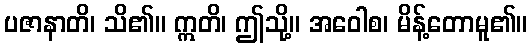
ပဇာနာတိ၊ သိ၏။ ဣတိ၊ ဤသို့။ အဝေါစ၊ မိန့်တောမူ၏။